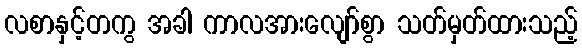
လစာနှင့်တကွ အခါ ကာလအားလျော်စွာ သတ်မှတ်ထားသည့်